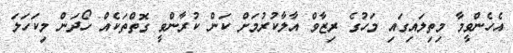
އެހެންވީމާ މިތިލައިގައި މަހުގެ ރިޒާވް އާލާކުރުމަށް ކަން ކުރާންވީ ގޮތްތަކެއް ހޯދަން މިކަހަލަ